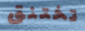
تختنق